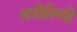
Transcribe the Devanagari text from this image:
शरीरिणी